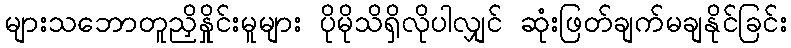
များသဘောတူညှိနှိုင်းမူများ ပိုမိုသိရှိလိုပါလျှင် ဆုံးဖြတ်ချက်မချနိုင်ခြင်း